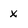
Character: x